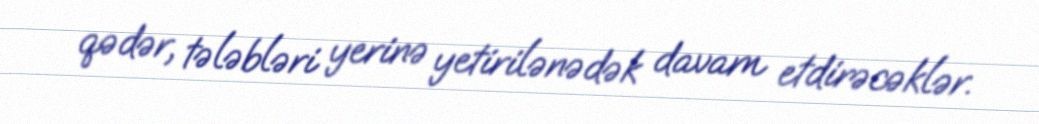
qədər, tələbləri yerinə yetirilənədək davam etdirəcəklər.